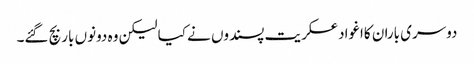
دوسری باران کااغوادعسکریت پسندوں نے کیا لیکن وہ دونوں بار بچ گئے۔